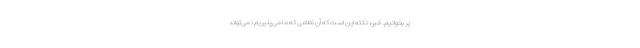
بر بخوانیم. خیر، نکته این است که آن نظامی که ما می‌پذیریم نمی‌تواند